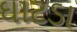
ઘાટડા